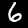
Digit: 6